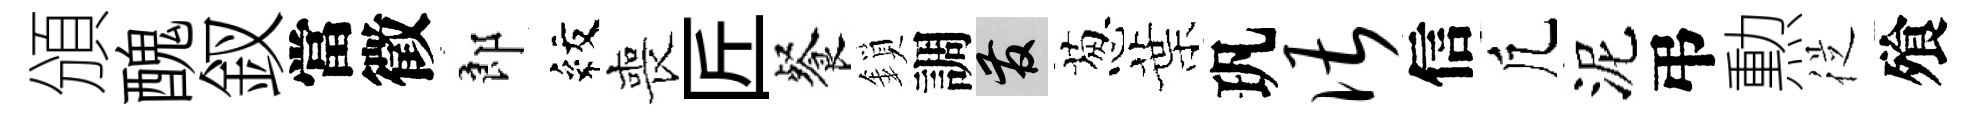
頒醜釵當徵郎紋喪匠餐鎖調發葱葉㺬谌信凢泥弔勲従飱